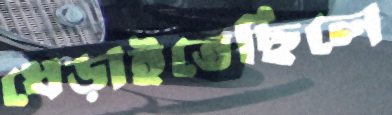
ধেড়াইতেছিলে